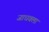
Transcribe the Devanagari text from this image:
जाधवला